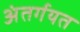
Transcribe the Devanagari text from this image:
अंतर्गयत